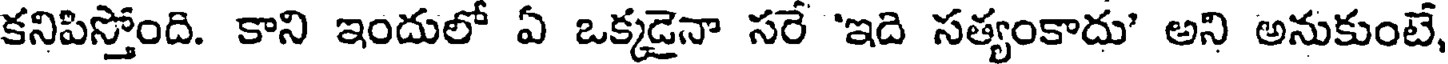
కనిపిస్తోంది. కాని ఇందులో ఏ ఒక్కడైనా సరే 'ఇది సత్యంకాదు' అని అనుకుంటే